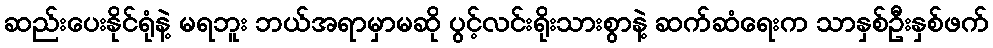
ဆည်းပေးနိုင်ရုံနဲ့ မရဘူး ဘယ်အရာမှာမဆို ပွင့်လင်းရိုးသားစွာနဲ့ ဆက်ဆံရေးက သာနှစ်ဦးနှစ်ဖက်